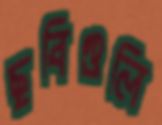
ছবিগুলি